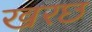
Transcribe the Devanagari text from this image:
खरछ